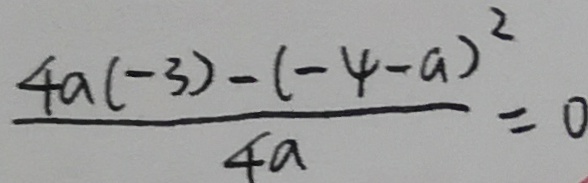
\frac { 4 a ( - 3 ) - ( - 4 - a ) ^ { 2 } } { 4 a } = 0